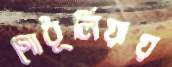
গোধূলিয়ায়